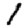
Digit: 1